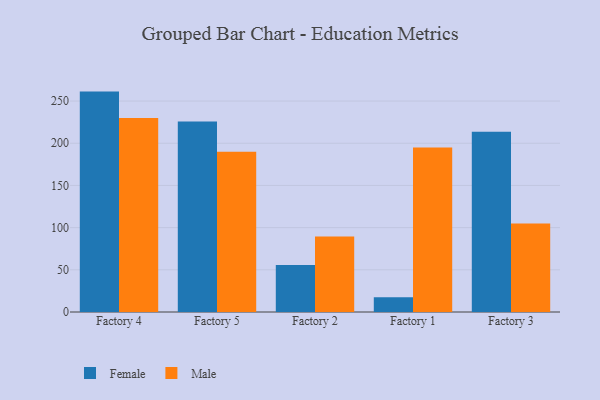
{"axis": {"x": "Factory", "y": "Temperature (°C)"}, "legend": ["Female", "Male"], "data": [{"x": "Factory 4", "y": 261.2, "type": "Female"}, {"x": "Factory 4", "y": 229.8, "type": "Male"}, {"x": "Factory 5", "y": 225.9, "type": "Female"}, {"x": "Factory 5", "y": 190.0, "type": "Male"}, {"x": "Factory 2", "y": 55.7, "type": "Female"}, {"x": "Factory 2", "y": 89.6, "type": "Male"}, {"x": "Factory 1", "y": 17.6, "type": "Female"}, {"x": "Factory 1", "y": 195.0, "type": "Male"}, {"x": "Factory 3", "y": 213.5, "type": "Female"}, {"x": "Factory 3", "y": 104.9, "type": "Male"}]}